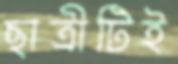
ছাত্রীটিই